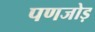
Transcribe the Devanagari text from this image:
पणजोड़